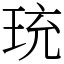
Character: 珫